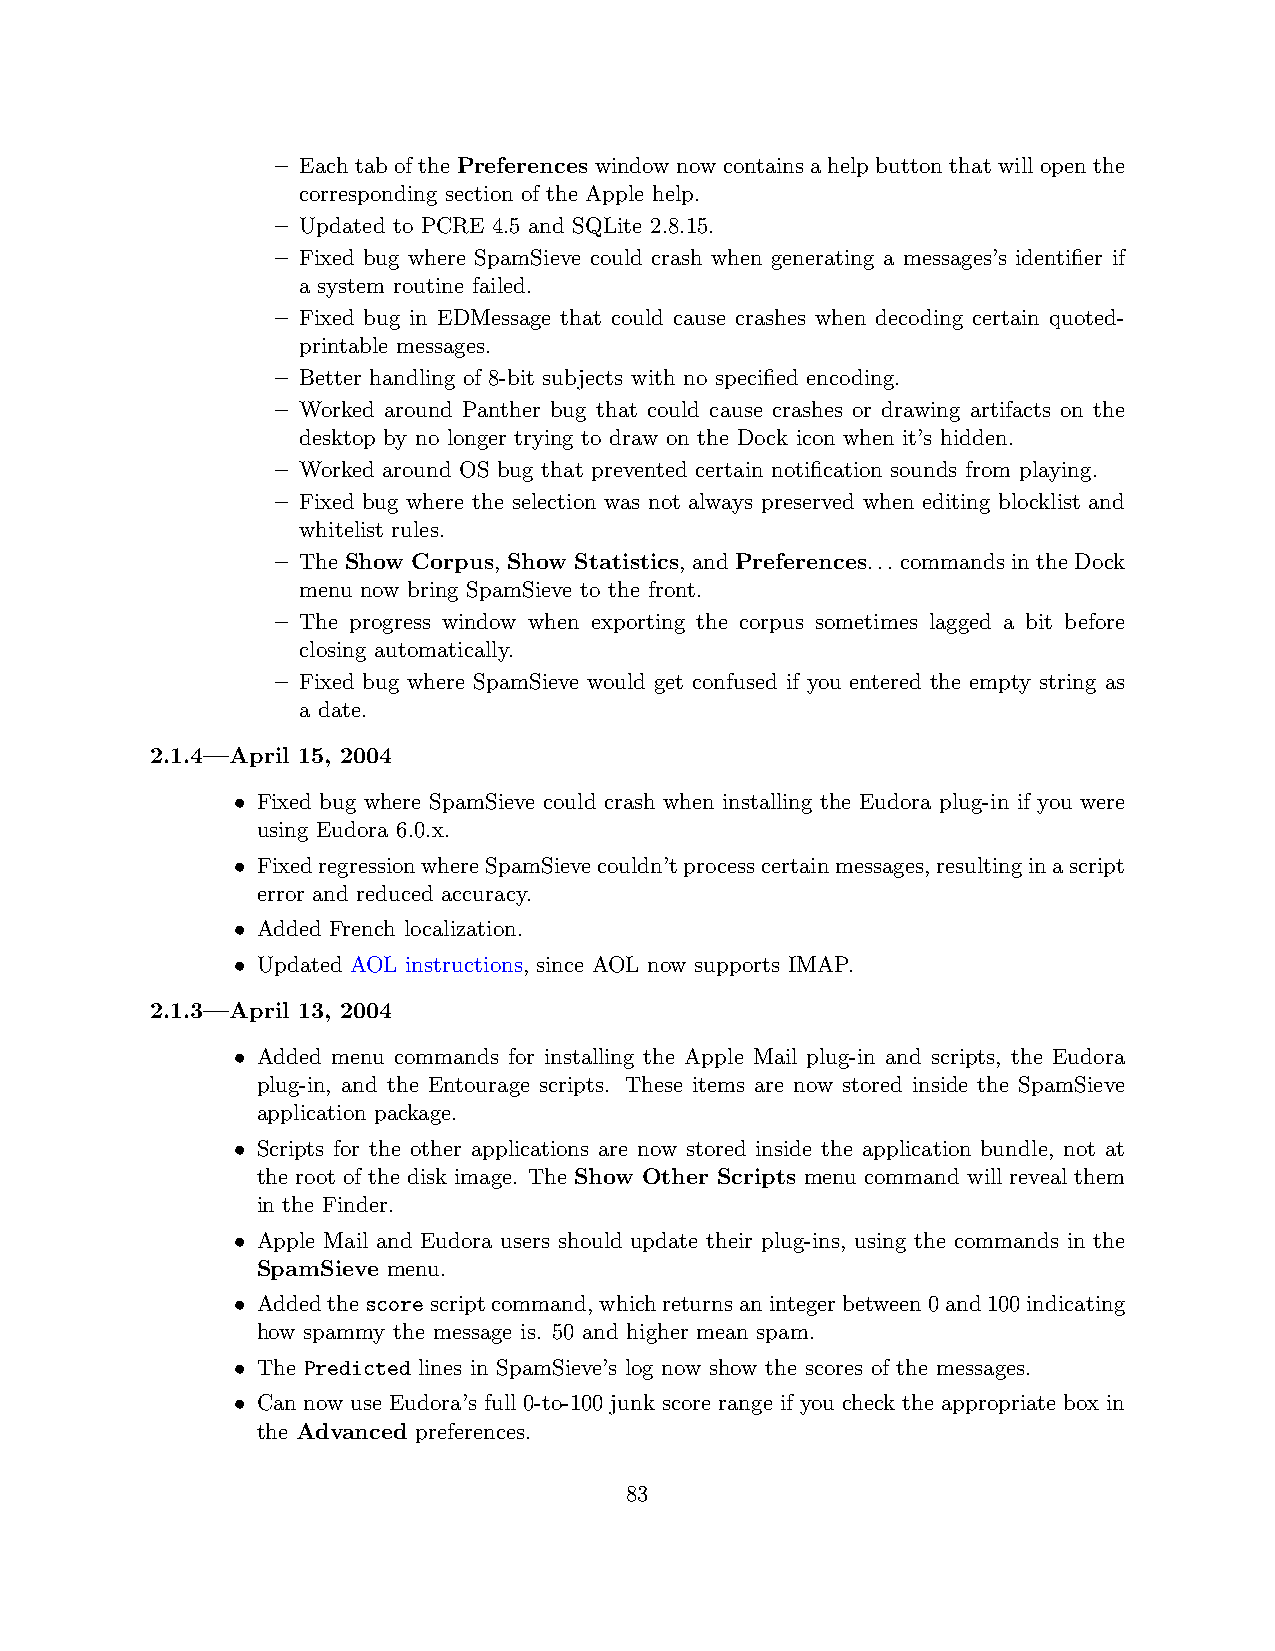
– Each tab of the Preferences window now contains a help button that will open the
 corresponding section of the Apple help.
 – Updated to PCRE 4.5 and SQLite 2.8.15.
 – Fixed bug where SpamSieve could crash when generating a messages’s identifier if
 a system routine failed.
 – Fixed bug in EDMessage that could cause crashes when decoding certain quoted-
 printable messages.
 – Better handling of 8-bit subjects with no specified encoding.
 – Worked around Panther bug that could cause crashes or drawing artifacts on the
 desktop by no longer trying to draw on the Dock icon when it’s hidden.
 – Worked around OS bug that prevented certain notification sounds from playing.
 – Fixed bug where the selection was not always preserved when editing blocklist and
 whitelist rules.
 – The Show Corpus, Show Statistics, and Preferences... commands in the Dock
 menu now bring SpamSieve to the front.
 – The progress window when exporting the corpus sometimes lagged a bit before
 closing automatically.
 – Fixed bug where SpamSieve would get confused if you entered the empty string as
 a date.
 2.1.4—April 15, 2004
 • Fixed bug where SpamSieve could crash when installing the Eudora plug-in if you were
 using Eudora 6.0.x.
 • FixedregressionwhereSpamSievecouldn’tprocesscertainmessages,resultinginascript
 error and reduced accuracy.
 • Added French localization.
 • Updated AOL instructions, since AOL now supports IMAP.
 2.1.3—April 13, 2004
 • Added menu commands for installing the Apple Mail plug-in and scripts, the Eudora
 plug-in, and the Entourage scripts. These items are now stored inside the SpamSieve
 application package.
 • Scripts for the other applications are now stored inside the application bundle, not at
 the root of the disk image. The Show Other Scripts menu command will reveal them
 in the Finder.
 • Apple Mail and Eudora users should update their plug-ins, using the commands in the
 SpamSieve menu.
 • Addedthescorescriptcommand,whichreturnsanintegerbetween0and100indicating
 how spammy the message is. 50 and higher mean spam.
 • The Predicted lines in SpamSieve’s log now show the scores of the messages.
 • Can now use Eudora’s full 0-to-100 junk score range if you check the appropriate box in
 the Advanced preferences.
 83